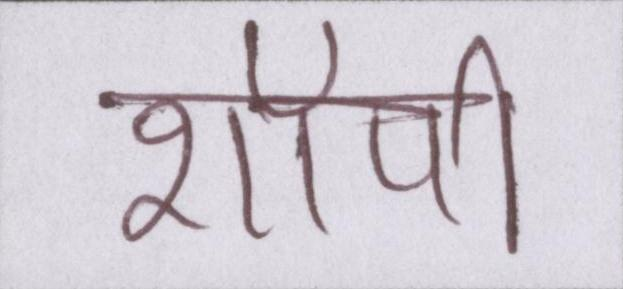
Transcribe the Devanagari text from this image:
शॉपी